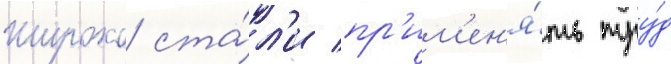
Широко ста́л'и пр'им'ен'я́ть тру́д